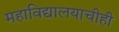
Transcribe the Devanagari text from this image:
महाविद्यालयाचीही